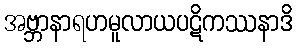
အဗ္ဘာနာရဟမူလာယပဋိကဿနာဒိ